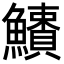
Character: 𩼱